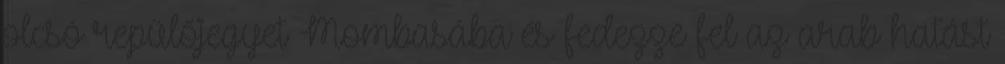
olcsó repülőjegyet Mombasába és fedezze fel az arab hatást